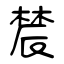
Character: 辳